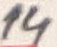
Text: 14